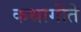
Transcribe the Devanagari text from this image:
कथागीते